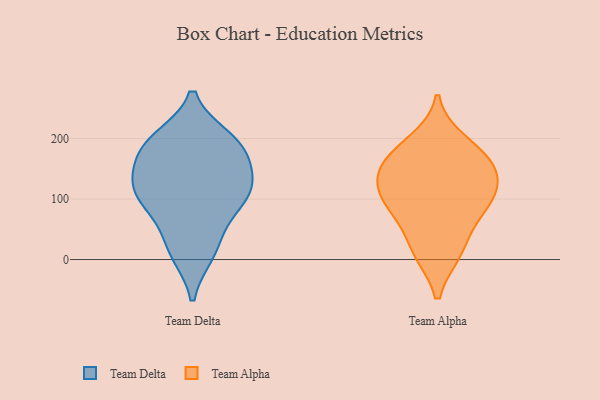
{"axis": {"x": "Demand Index", "y": "Value"}, "legend": ["Team Alpha", "Team Delta"], "data": [{"x": "", "y": 15, "type": "Team Delta"}, {"x": "", "y": 118, "type": "Team Delta"}, {"x": "", "y": 92, "type": "Team Delta"}, {"x": "", "y": 11, "type": "Team Delta"}, {"x": "", "y": 182, "type": "Team Delta"}, {"x": "", "y": 188, "type": "Team Delta"}, {"x": "", "y": 55, "type": "Team Delta"}, {"x": "", "y": 139, "type": "Team Delta"}, {"x": "", "y": 166, "type": "Team Delta"}, {"x": "", "y": 199, "type": "Team Delta"}, {"x": "", "y": 118, "type": "Team Delta"}, {"x": "", "y": 114, "type": "Team Delta"}, {"x": "", "y": 103, "type": "Team Delta"}, {"x": "", "y": 197, "type": "Team Delta"}, {"x": "", "y": 12, "type": "Team Alpha"}, {"x": "", "y": 123, "type": "Team Alpha"}, {"x": "", "y": 195, "type": "Team Alpha"}, {"x": "", "y": 155, "type": "Team Alpha"}, {"x": "", "y": 107, "type": "Team Alpha"}, {"x": "", "y": 84, "type": "Team Alpha"}, {"x": "", "y": 137, "type": "Team Alpha"}, {"x": "", "y": 13, "type": "Team Alpha"}, {"x": "", "y": 65, "type": "Team Alpha"}, {"x": "", "y": 99, "type": "Team Alpha"}, {"x": "", "y": 175, "type": "Team Alpha"}, {"x": "", "y": 161, "type": "Team Alpha"}]}